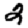
Digit: 2